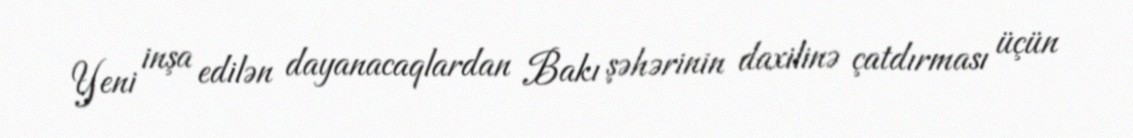
Yeni inşa edilən dayanacaqlardan Bakı şəhərinin daxilinə çatdırması üçün